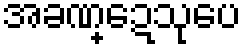
အခဏ္ဍေသုပေ